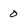
Character: 0